Cholera in southern India
Disease focus: Cholera
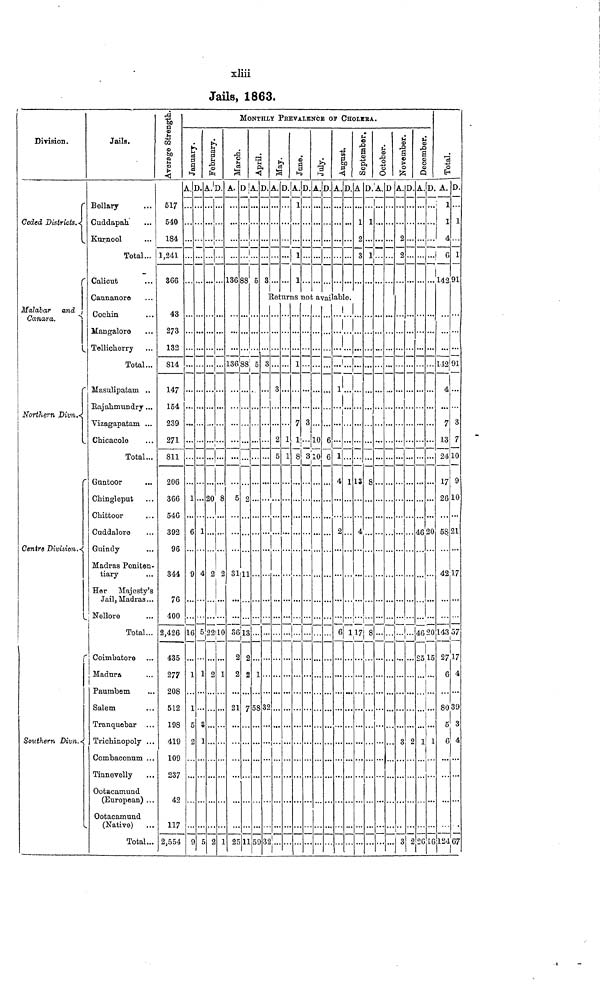
xliii
Jails, 1863.
Division.
Ceded Districts.
Malabar and
Canara.
Northern Divn.
Centre Division
Southern Divn.
Jails.
Bellary
Cuddapah
Kurnool
Total...
Calicut
Cannanore
Cochin
Mangalore
Tellicherry
Total...
Masulipatam ..
Rajahmundry...
Vizagapatam ...
Chicacole
Total
Guntoor
Chingleput
Chittoor
Cuddalore
Guindy
Madras Peniten-
tiary
Her Majesty's
Jail, Madras...
Nellore
Total...
Coimbatore
Madura
Paumbem
Salem
Tranquebar
Trichinopoly ...
Corabaconum ...
Tinnevelly
Ootacamund
(European) ...
Ootacamund
(Native)
Total...
Average Strength.
517
540
184
1,241
366
43
273
132
814
147
154
239
271
811
206
366
546
392
96
344
76
400
2,426
435
277
208
512
198
419
109
237
42
117
2,554
January.
A.
1
6
9
16
1
5
2
9
D.
1
4
5
1
S
1
5
February.
A.
20
2
22
2
2
D.
8
2
10
1
1
MONTHLY PREVALENCE OF CHOLERA
March.
A.
...
136
136
5
31
36
2
21
25
D.
...
88
88
2
11
13
2
2
7
11
April.
A.
5
5
1
58
59
D.
3
May.
A. D.
...
June.
A.
1
1
1
D.
July.
A.
...
D.
August.
A. D.
...
Returns not available.
3
32
32
3
2
5
1
1
1
7
1
8
...
«
10
10
6
1
1
4
2
6
...
1
1
September,
A
1
2
3
13
4
17
D.
1
8
8
October.
A.
...
...
D
November.
A.
?
2
3
3
D.
2
2
December.
A.
46
D.
...
20
46 20
1
26
...
1
16
Total.
A.
1
1
4
6
142
142
4
7
13
•34
17
26
58
42
143
27
6
80
5
6
124
D.
1
1
91
91
3
7
10
9
10
21
17
57
17
4
39
3
4
07